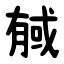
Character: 戫